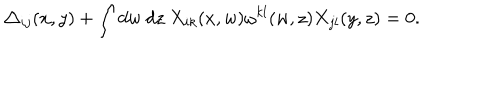
LaTeX: \triangle _ { i j } ( x , y ) + \int d w ~ d z ~ X _ { i k } ( x , w ) \omega ^ { k l } ( w , z ) X _ { j l } ( y , z ) = 0 .